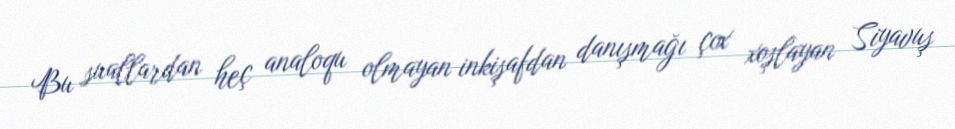
Bu suallardan heç analoqu olmayan inkişafdan danışmağı çox xoşlayan Siyavuş